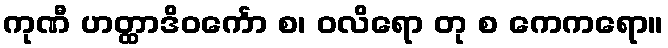
ကုဏီ ဟတ္ထာဒိဝင်္ကော စ၊ ဝလိရော တု စ ကေကရော။